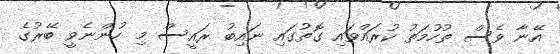
އޭނާ ވެސް ތުހުމަތު ކުރައްވައި ގޮތުގައި ނައިބު ރައީސް މި ހުންނެވީ ބޭރުގެ